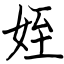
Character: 姪